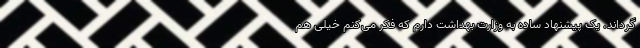
گرداند. یک پیشنهاد ساده به وزارت بهداشت دارم که فکر می‌کنم خیلی هم